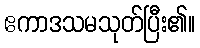
ဧကာဒသမသုတ်ပြီး၏။